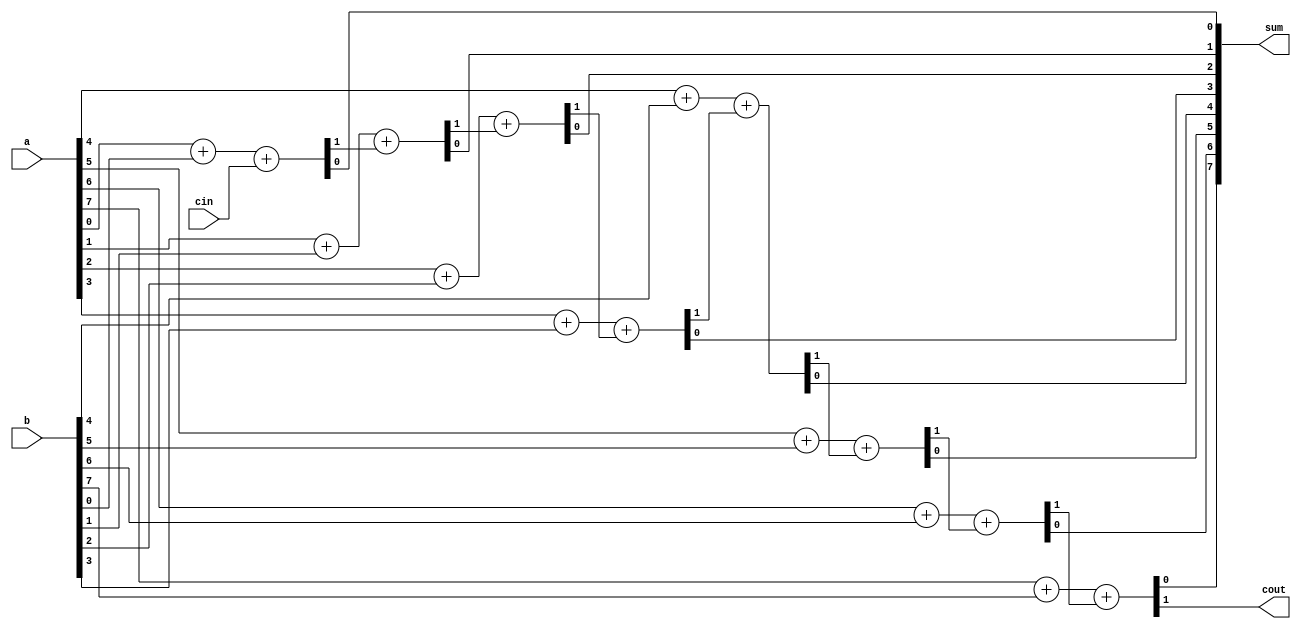
module for_adder(a,b,cin,sum,cout);
	input [7:0] a,b; input cin;
	output reg[7:0] sum; output reg cout;
	reg c; integer i;
	always @*
	begin
		c = cin;
		for (i = 0;i < 8;i++)
		begin
			{c,sum[i]} = a[i] + b[i] + c;
		end
		cout = c;
	end
endmodule